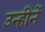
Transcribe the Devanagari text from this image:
उन्हीनें